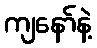
ကျနော်နဲ့